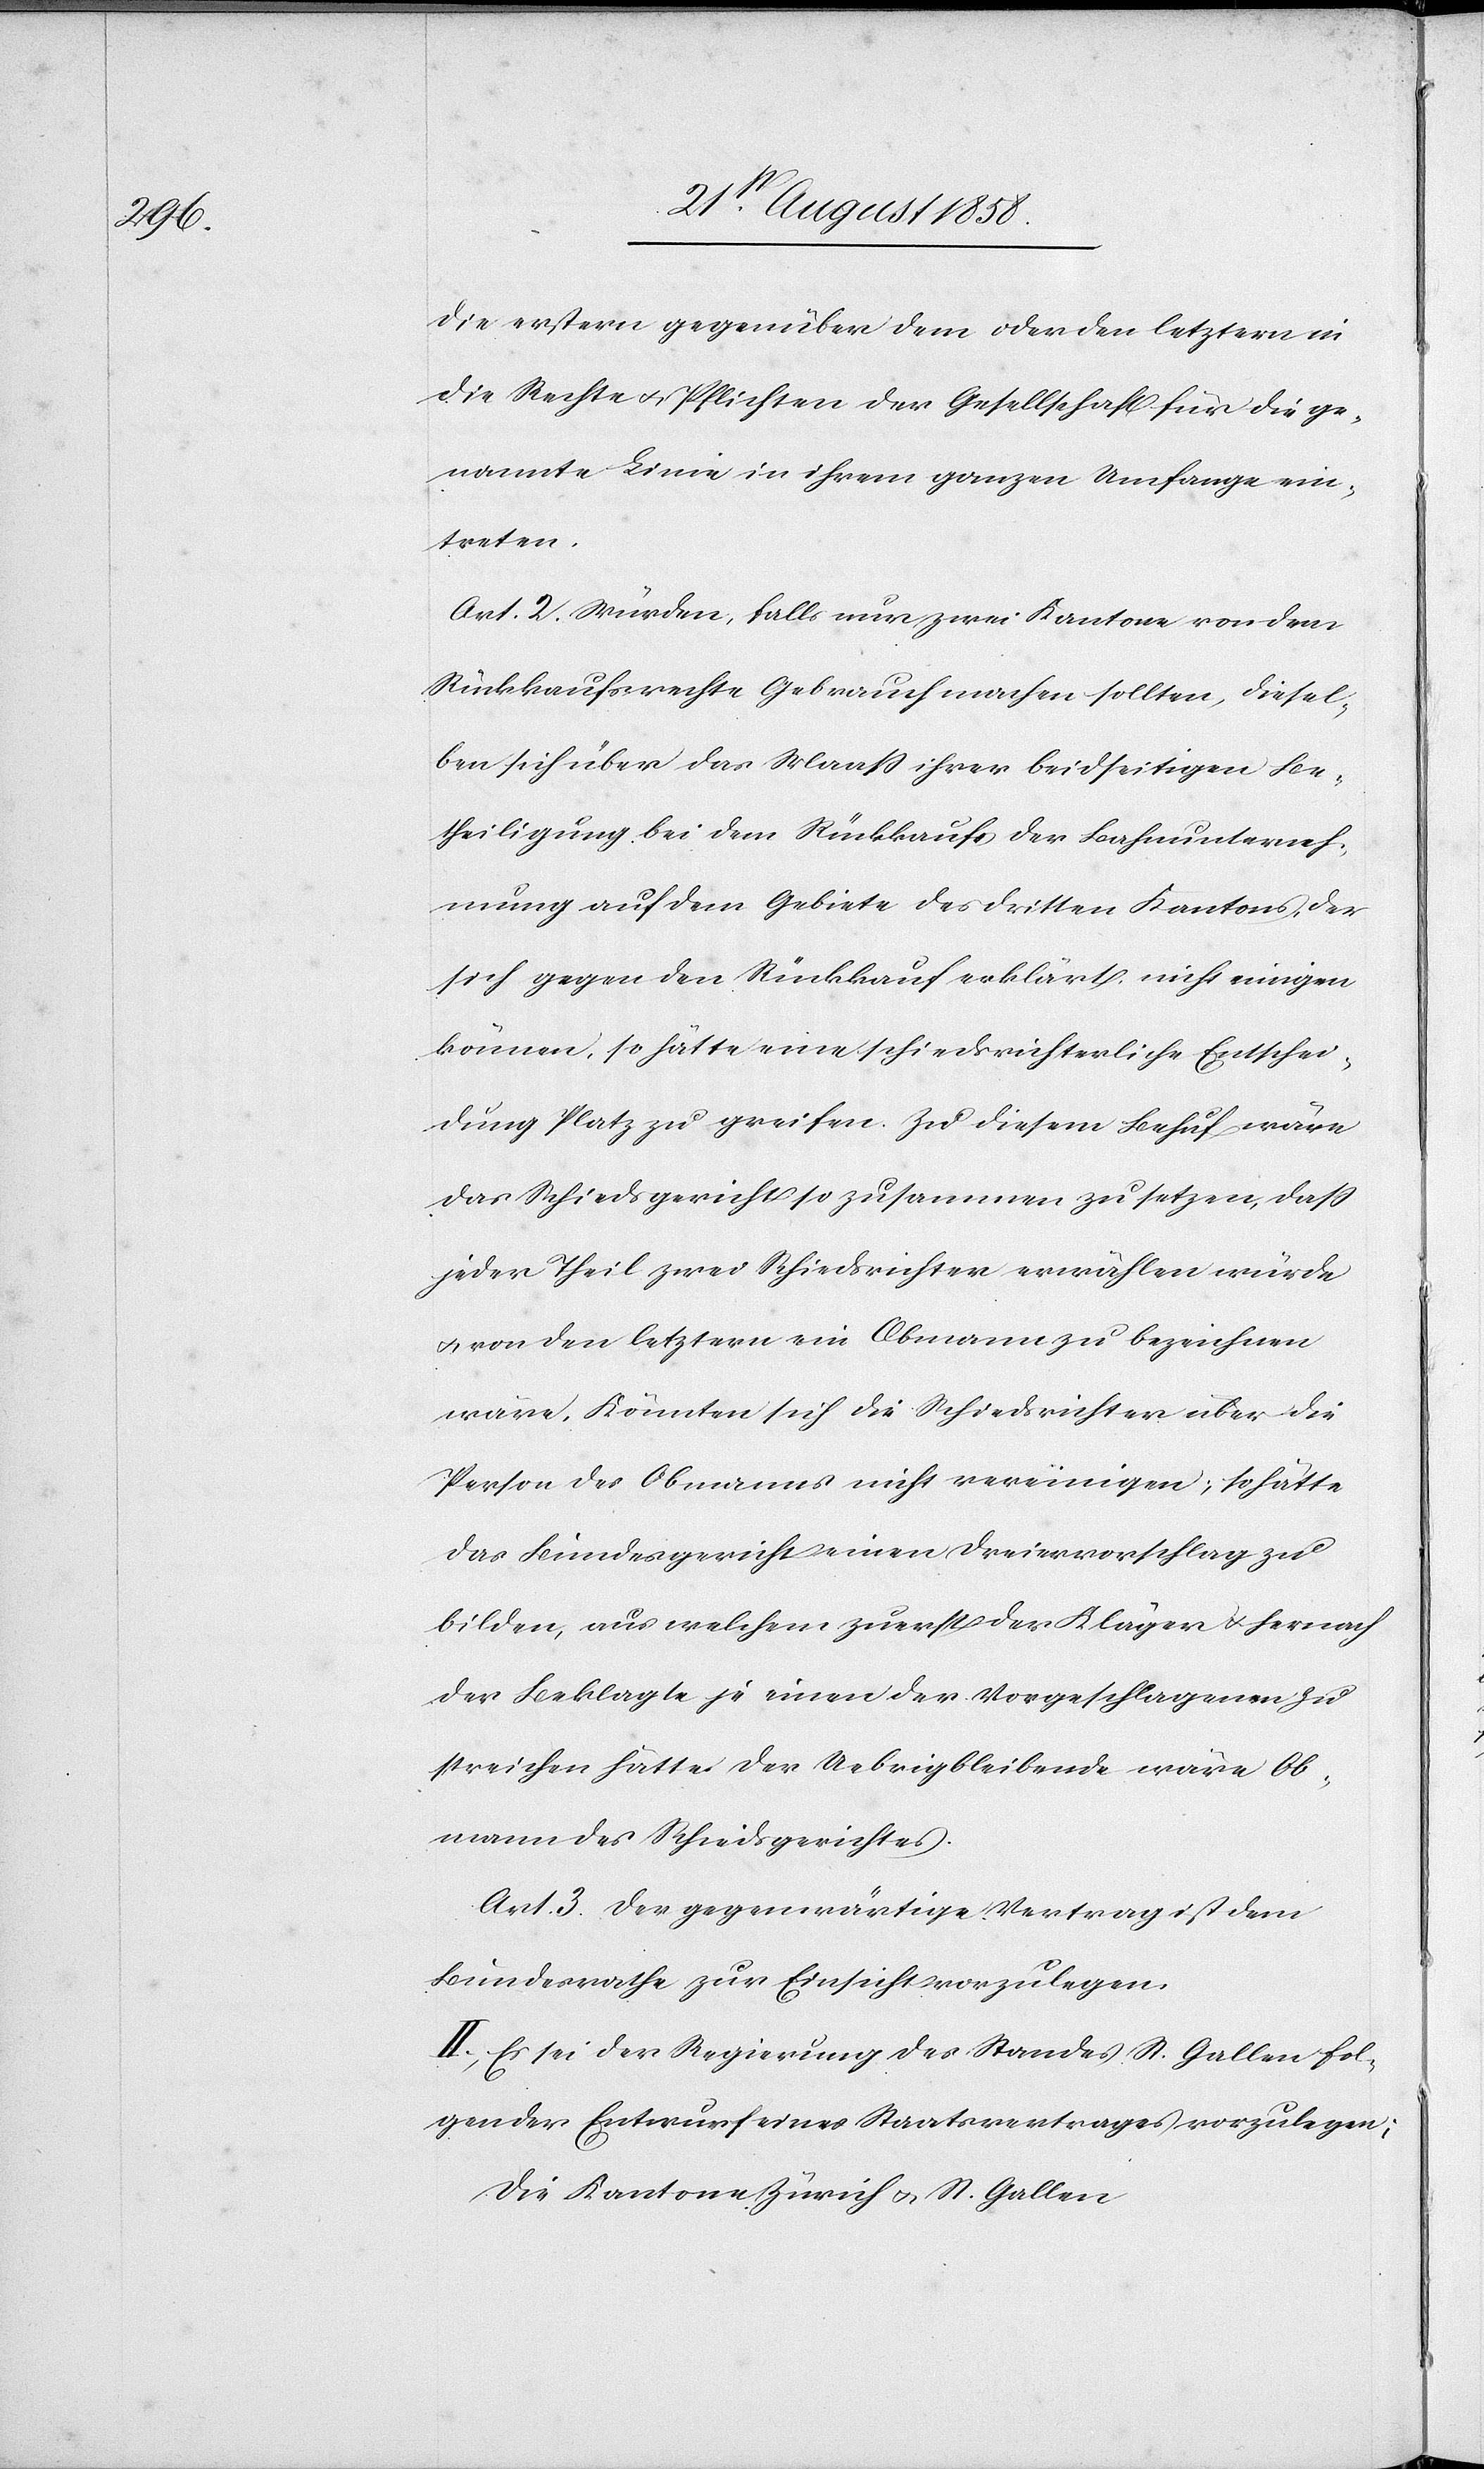
die erstern gegenüber dem oder den letztern in
die Rechte & Pflichten der Gesellschaft für die ge¬
nannte Linie in ihrem ganzen Umfange ein¬
treten.
Art. 2. Würden, falls nur zwei Kantone von dem
Rückkaufsrechte Gebrauch machen sollten, diesel¬
ben sich über das Maass ihrer beidseitigen Be¬
theiligung bei dem Rückkaufe der Bahnunterneh¬
mung auf dem Gebiete des dritten Kantons, der
sich gegen den Rückkauf erklärt, nicht einigen
können, so hätte eine schiedsrichterliche Entschei¬
dung Platz zu greifen. Zu diesem Behuf wäre
das Schiedsgericht so zusammen zu setzen, dass
jeder Theil zwei Schiedsrichter erwählen würde
& von den letztern ein Obmann zu bezeichnen
wäre. Könnten sich die Schiedsrichter über die
Person des Obmanns nicht vereinigen, so hätte
das Bundesgericht einen Dreiervorschlag zu
bilden, aus welchem zuerst der Kläger & hernach
der Beklagte je einen der Vorgeschlagenen zu
streichen hätte. Der Uebrigbleibende wäre Ob¬
mann des Schiedsgerichtes.
Art. 3. Der gegenwärtige Vertrag ist dem
Bundesrathe zur Einsicht vorzulegen.
II. Es sei der Regierung des Standes St. Gallen fol¬
gender Entwurf eines Staatsvertrages vorzulegen;
Die Kantone Zürich & St. Gallen